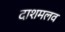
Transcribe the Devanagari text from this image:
दाशमलव